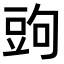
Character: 𧯠